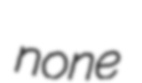
none